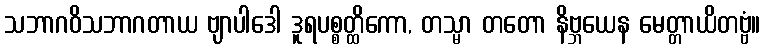
သဘာဂဝိသဘာဂတာယ ဗျာပါဒေါ ဒူရပစ္စတ္ထိကော, တသ္မာ တတော နိဗ္ဘယေန မေတ္တာယိတဗ္ဗံ။